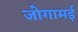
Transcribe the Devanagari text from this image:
जोगामई